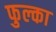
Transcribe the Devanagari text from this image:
फुल्का